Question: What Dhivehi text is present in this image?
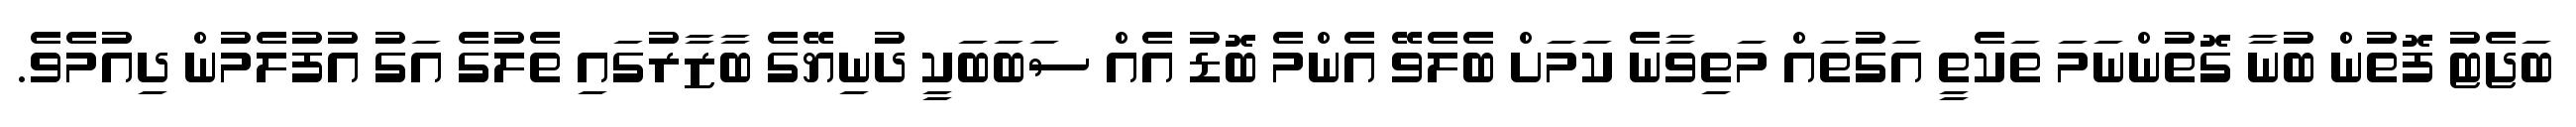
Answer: ބަޖެޓު ފޮތުން ބުނާ ގޮތުންނަމަ ތަކެތީ އަގުތައް މަތިވާނެ ކަމަށް ބެލެވޭ އެންމެ ބޮޑު އެއް ސަބަބަކީ ދުނިޔޭގެ ބާޒާރުގައި ތެލުގެ އަގު އުފުލެމުން ދިއުމެވެ.